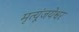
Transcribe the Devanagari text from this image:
मृत्यूंजयेश्वर